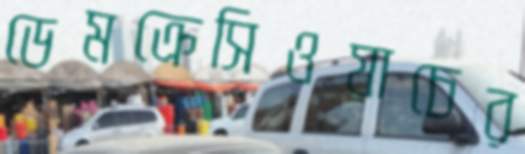
ডেমক্রেসিওয়াচের